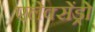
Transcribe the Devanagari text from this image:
एलेक्सेंड्रो